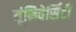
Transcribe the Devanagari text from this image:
यूंनिवेर्सिटी